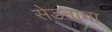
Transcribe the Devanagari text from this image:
सेडनाचा